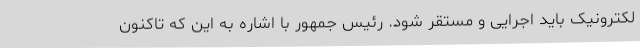
لکترونیک باید اجرایی و مستقر شود. رئیس جمهور با اشاره به این که تاکنون